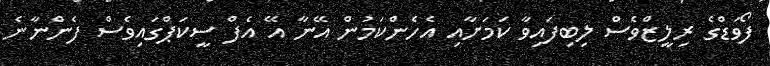
ފޯވަޑްގެ ރިލީޒްވެސް ލިބިފައިވާ ކަމަށާއި އެހެންކަމުން އޭނާ އޭ އެފް ސީކަޕްގައިވެސް ފެންނާނެ